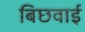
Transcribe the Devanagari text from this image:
बिछवाई